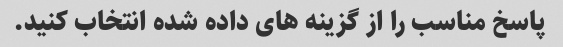
پاسخ مناسب را از گزینه های داده شده انتخاب کنید.